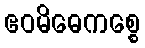
ဧဝမိဓေကစ္စေ